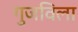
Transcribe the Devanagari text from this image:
गुजविला